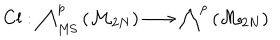
\mathrm { C l } : \bigwedge _ { \mathrm { M S } } ^ { p } \left( { \cal M } _ { 2 N } \right) \longrightarrow \bigwedge ^ { p } \left( { \cal M } _ { 2 N } \right)